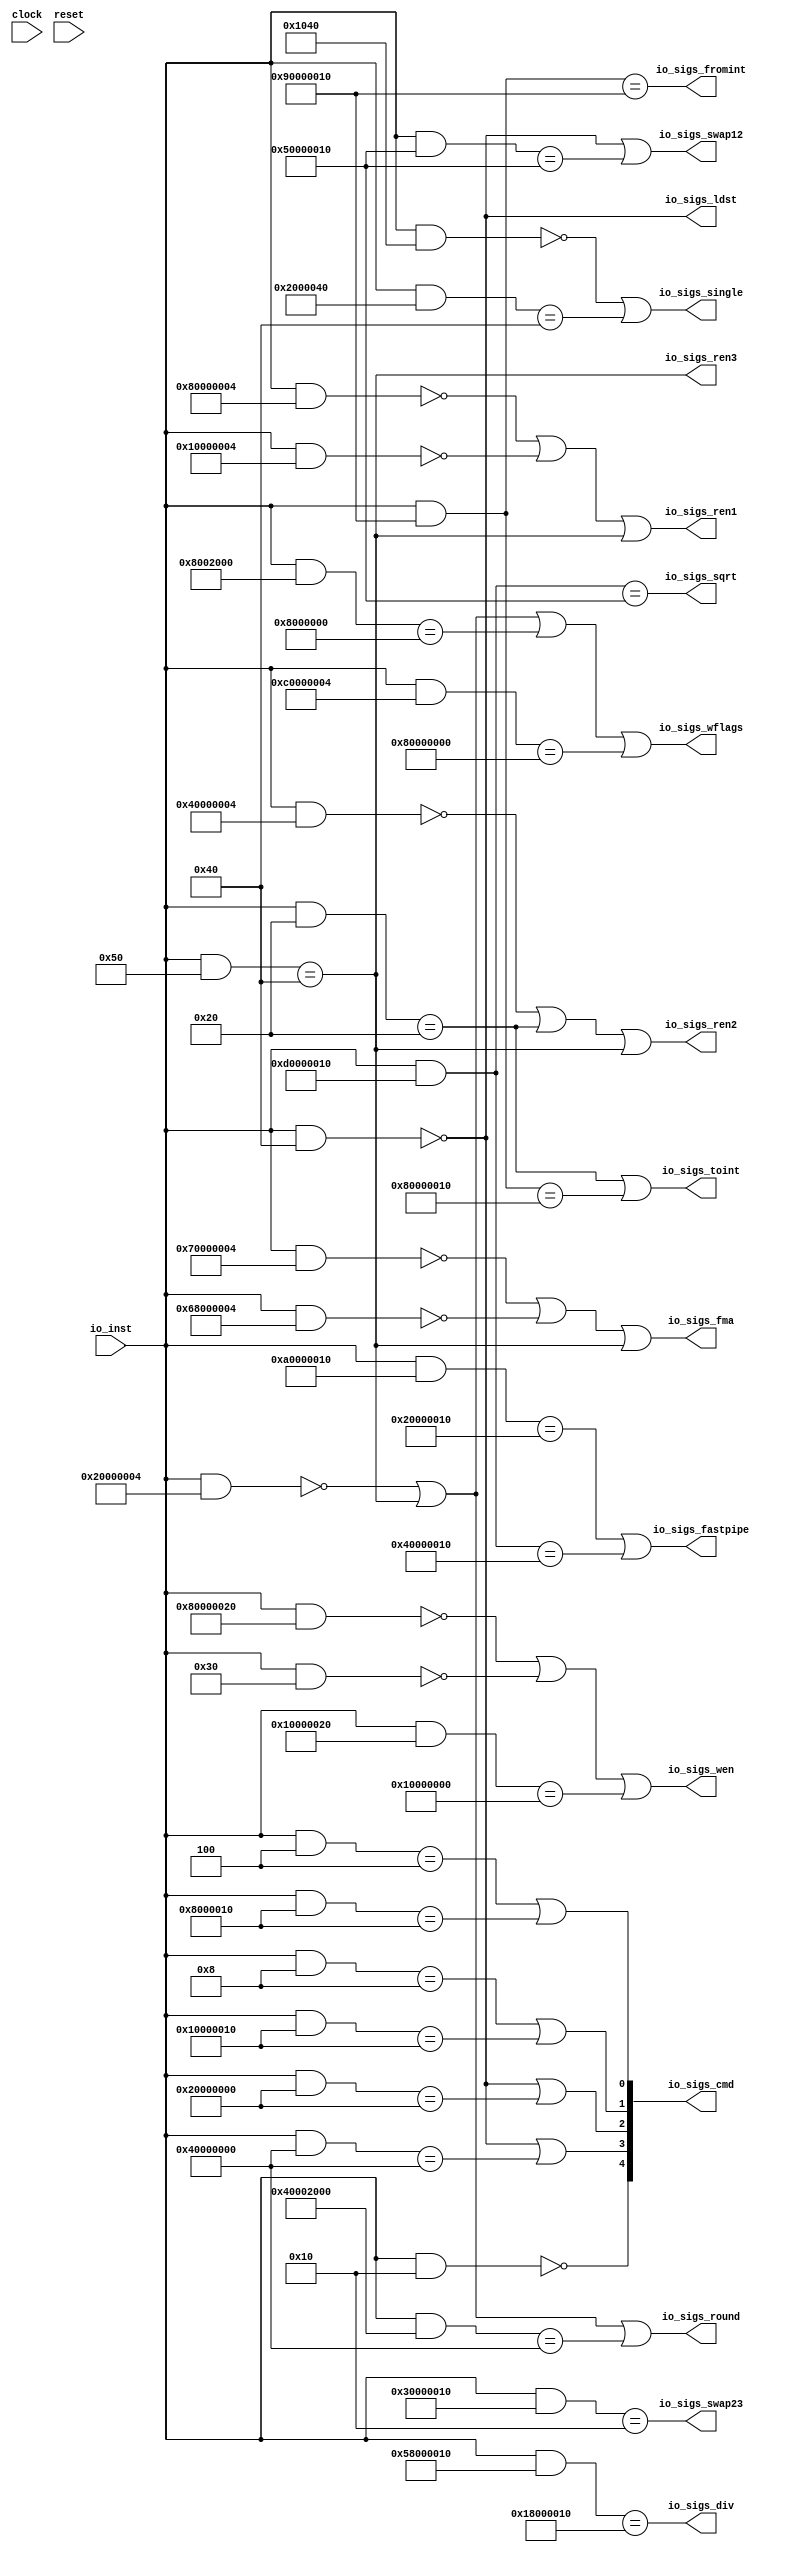
module FPUDecoder(
  input   clock,
  input   reset,
  input  [31:0] io_inst,
  output [4:0] io_sigs_cmd,
  output  io_sigs_ldst,
  output  io_sigs_wen,
  output  io_sigs_ren1,
  output  io_sigs_ren2,
  output  io_sigs_ren3,
  output  io_sigs_swap12,
  output  io_sigs_swap23,
  output  io_sigs_single,
  output  io_sigs_fromint,
  output  io_sigs_toint,
  output  io_sigs_fastpipe,
  output  io_sigs_fma,
  output  io_sigs_div,
  output  io_sigs_sqrt,
  output  io_sigs_round,
  output  io_sigs_wflags
);
  wire [31:0] _T_23;
  wire  _T_25;
  wire [31:0] _T_27;
  wire  _T_29;
  wire  _T_32;
  wire [31:0] _T_34;
  wire  _T_36;
  wire [31:0] _T_38;
  wire  _T_40;
  wire  _T_43;
  wire [31:0] _T_45;
  wire  _T_47;
  wire [31:0] _T_49;
  wire  _T_51;
  wire  _T_54;
  wire [31:0] _T_56;
  wire  _T_58;
  wire  _T_61;
  wire [31:0] _T_63;
  wire  _T_65;
  wire [1:0] _T_68;
  wire [1:0] _T_69;
  wire [2:0] _T_70;
  wire [4:0] decoder_0;
  wire [31:0] _T_73;
  wire  _T_75;
  wire [31:0] _T_77;
  wire  _T_79;
  wire [31:0] _T_81;
  wire  _T_83;
  wire  _T_86;
  wire  decoder_2;
  wire [31:0] _T_88;
  wire  _T_90;
  wire [31:0] _T_92;
  wire  _T_94;
  wire [31:0] _T_96;
  wire  _T_98;
  wire  _T_101;
  wire  decoder_3;
  wire [31:0] _T_103;
  wire  _T_105;
  wire [31:0] _T_107;
  wire  _T_109;
  wire  _T_112;
  wire  decoder_4;
  wire [31:0] _T_115;
  wire  _T_117;
  wire  decoder_6;
  wire [31:0] _T_121;
  wire  _T_123;
  wire [31:0] _T_126;
  wire  _T_128;
  wire [31:0] _T_130;
  wire  _T_132;
  wire  decoder_8;
  wire [31:0] _T_136;
  wire  _T_138;
  wire  _T_143;
  wire  decoder_10;
  wire [31:0] _T_147;
  wire  _T_149;
  wire [31:0] _T_151;
  wire  _T_153;
  wire  decoder_11;
  wire [31:0] _T_157;
  wire  _T_159;
  wire [31:0] _T_161;
  wire  _T_163;
  wire  _T_166;
  wire  decoder_12;
  wire [31:0] _T_168;
  wire  _T_170;
  wire  _T_175;
  wire [31:0] _T_178;
  wire  _T_180;
  wire [31:0] _T_182;
  wire  _T_184;
  wire  _T_187;
  wire  decoder_15;
  wire [31:0] _T_189;
  wire  _T_191;
  wire [31:0] _T_193;
  wire  _T_195;
  wire  _T_199;
  wire  decoder_16;
  assign io_sigs_cmd = decoder_0;
  assign io_sigs_ldst = _T_47;
  assign io_sigs_wen = decoder_2;
  assign io_sigs_ren1 = decoder_3;
  assign io_sigs_ren2 = decoder_4;
  assign io_sigs_ren3 = _T_98;
  assign io_sigs_swap12 = decoder_6;
  assign io_sigs_swap23 = _T_123;
  assign io_sigs_single = decoder_8;
  assign io_sigs_fromint = _T_138;
  assign io_sigs_toint = decoder_10;
  assign io_sigs_fastpipe = decoder_11;
  assign io_sigs_fma = decoder_12;
  assign io_sigs_div = _T_170;
  assign io_sigs_sqrt = _T_175;
  assign io_sigs_round = decoder_15;
  assign io_sigs_wflags = decoder_16;
  assign _T_23 = io_inst & 32'h4;
  assign _T_25 = _T_23 == 32'h4;
  assign _T_27 = io_inst & 32'h8000010;
  assign _T_29 = _T_27 == 32'h8000010;
  assign _T_32 = _T_25 | _T_29;
  assign _T_34 = io_inst & 32'h8;
  assign _T_36 = _T_34 == 32'h8;
  assign _T_38 = io_inst & 32'h10000010;
  assign _T_40 = _T_38 == 32'h10000010;
  assign _T_43 = _T_36 | _T_40;
  assign _T_45 = io_inst & 32'h40;
  assign _T_47 = _T_45 == 32'h0;
  assign _T_49 = io_inst & 32'h20000000;
  assign _T_51 = _T_49 == 32'h20000000;
  assign _T_54 = _T_47 | _T_51;
  assign _T_56 = io_inst & 32'h40000000;
  assign _T_58 = _T_56 == 32'h40000000;
  assign _T_61 = _T_47 | _T_58;
  assign _T_63 = io_inst & 32'h10;
  assign _T_65 = _T_63 == 32'h0;
  assign _T_68 = {_T_43,_T_32};
  assign _T_69 = {_T_65,_T_61};
  assign _T_70 = {_T_69,_T_54};
  assign decoder_0 = {_T_70,_T_68};
  assign _T_73 = io_inst & 32'h80000020;
  assign _T_75 = _T_73 == 32'h0;
  assign _T_77 = io_inst & 32'h30;
  assign _T_79 = _T_77 == 32'h0;
  assign _T_81 = io_inst & 32'h10000020;
  assign _T_83 = _T_81 == 32'h10000000;
  assign _T_86 = _T_75 | _T_79;
  assign decoder_2 = _T_86 | _T_83;
  assign _T_88 = io_inst & 32'h80000004;
  assign _T_90 = _T_88 == 32'h0;
  assign _T_92 = io_inst & 32'h10000004;
  assign _T_94 = _T_92 == 32'h0;
  assign _T_96 = io_inst & 32'h50;
  assign _T_98 = _T_96 == 32'h40;
  assign _T_101 = _T_90 | _T_94;
  assign decoder_3 = _T_101 | _T_98;
  assign _T_103 = io_inst & 32'h40000004;
  assign _T_105 = _T_103 == 32'h0;
  assign _T_107 = io_inst & 32'h20;
  assign _T_109 = _T_107 == 32'h20;
  assign _T_112 = _T_105 | _T_109;
  assign decoder_4 = _T_112 | _T_98;
  assign _T_115 = io_inst & 32'h50000010;
  assign _T_117 = _T_115 == 32'h50000010;
  assign decoder_6 = _T_47 | _T_117;
  assign _T_121 = io_inst & 32'h30000010;
  assign _T_123 = _T_121 == 32'h10;
  assign _T_126 = io_inst & 32'h1040;
  assign _T_128 = _T_126 == 32'h0;
  assign _T_130 = io_inst & 32'h2000040;
  assign _T_132 = _T_130 == 32'h40;
  assign decoder_8 = _T_128 | _T_132;
  assign _T_136 = io_inst & 32'h90000010;
  assign _T_138 = _T_136 == 32'h90000010;
  assign _T_143 = _T_136 == 32'h80000010;
  assign decoder_10 = _T_109 | _T_143;
  assign _T_147 = io_inst & 32'ha0000010;
  assign _T_149 = _T_147 == 32'h20000010;
  assign _T_151 = io_inst & 32'hd0000010;
  assign _T_153 = _T_151 == 32'h40000010;
  assign decoder_11 = _T_149 | _T_153;
  assign _T_157 = io_inst & 32'h70000004;
  assign _T_159 = _T_157 == 32'h0;
  assign _T_161 = io_inst & 32'h68000004;
  assign _T_163 = _T_161 == 32'h0;
  assign _T_166 = _T_159 | _T_163;
  assign decoder_12 = _T_166 | _T_98;
  assign _T_168 = io_inst & 32'h58000010;
  assign _T_170 = _T_168 == 32'h18000010;
  assign _T_175 = _T_151 == 32'h50000010;
  assign _T_178 = io_inst & 32'h20000004;
  assign _T_180 = _T_178 == 32'h0;
  assign _T_182 = io_inst & 32'h40002000;
  assign _T_184 = _T_182 == 32'h40000000;
  assign _T_187 = _T_180 | _T_98;
  assign decoder_15 = _T_187 | _T_184;
  assign _T_189 = io_inst & 32'h8002000;
  assign _T_191 = _T_189 == 32'h8000000;
  assign _T_193 = io_inst & 32'hc0000004;
  assign _T_195 = _T_193 == 32'h80000000;
  assign _T_199 = _T_187 | _T_191;
  assign decoder_16 = _T_199 | _T_195;
endmodule